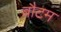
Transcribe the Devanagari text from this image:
बौटम